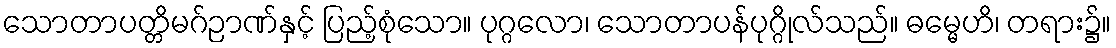
သောတာပတ္တိမဂ်ဉာဏ်နှင့် ပြည့်စုံသော။ ပုဂ္ဂလော၊ သောတာပန်ပုဂ္ဂိုလ်သည်။ ဓမ္မေဟိ၊ တရား၌။